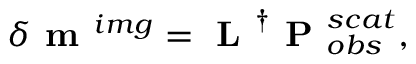
\delta \textbf { m } ^ { i m g } = \textbf { L } ^ { \dagger } \textbf { P } _ { o b s } ^ { s c a t } ,